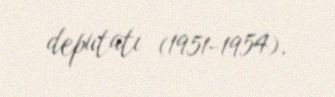
deputatı (1951-1954).